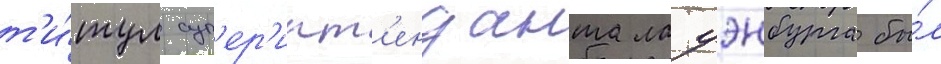
т'и́тул суп'ер'инт'енданта лауэнбурга бы́л